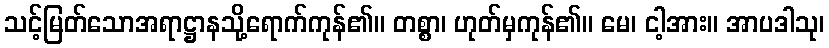
သင့်မြတ်သောအရာဋ္ဌာနသို့ရောက်ကုန်၏။ တစ္စာ၊ ဟုတ်မှကုန်၏။ မေ၊ ငါ့အား။ အာပဒါသု၊